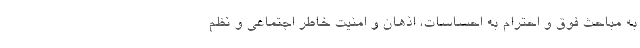
به مباحث فوق و احترام به احساسات، اذهان و امنیت خاطر اجتماعی و نظم